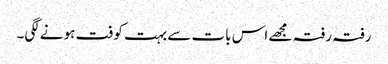
رفتہ رفتہ مجھے اس بات سے بہت کوفت ہونے لگی۔